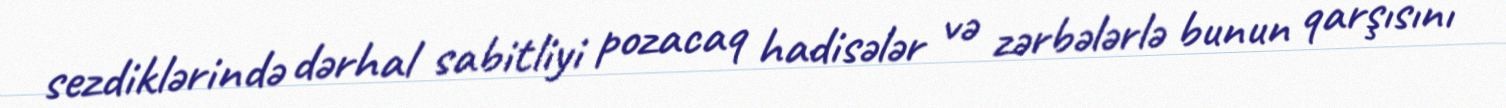
sezdiklərində dərhal sabitliyi pozacaq hadisələr və zərbələrlə bunun qarşısını